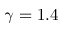
\gamma = 1 . 4